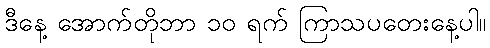
ဒီနေ့ အောက်တိုဘာ ၁၀ ရက် ကြာသပတေးနေ့ပါ။